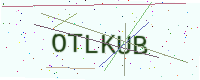
Text: OTLKUB